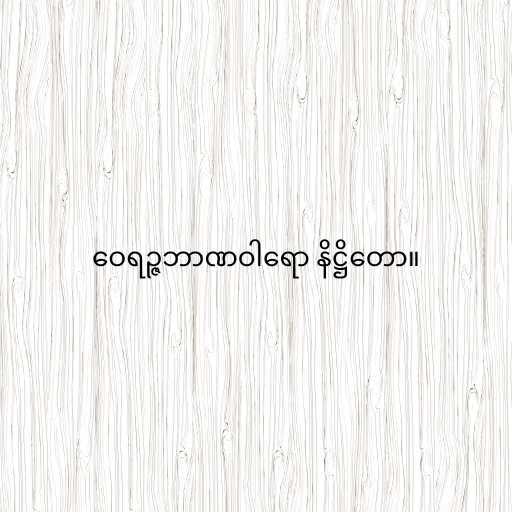
ဝေရဉ္ဇဘာဏဝါရော နိဋ္ဌိတော။